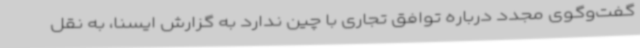
گفت‌وگوی مجدد درباره توافق تجاری با چین ندارد به گزارش ایسنا، به نقل